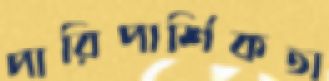
পারিপার্শিকতা